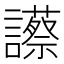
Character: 𧭝